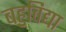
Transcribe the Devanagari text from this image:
बहुविद्या